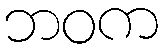
ဘဝက